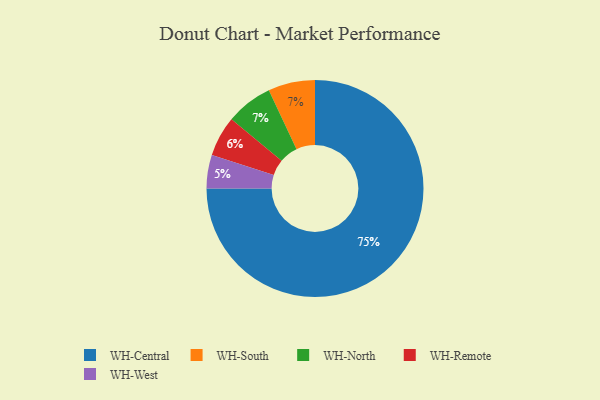
{"axis": {"x": "Category", "y": "Percentage"}, "legend": ["WH-Central", "WH-North", "WH-Remote", "WH-South", "WH-West"], "data": [{"x": "WH-West", "y": 5, "type": "WH-West"}, {"x": "WH-Central", "y": 75, "type": "WH-Central"}, {"x": "WH-South", "y": 7, "type": "WH-South"}, {"x": "WH-North", "y": 7, "type": "WH-North"}, {"x": "WH-Remote", "y": 6, "type": "WH-Remote"}]}